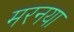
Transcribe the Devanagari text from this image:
मरनया